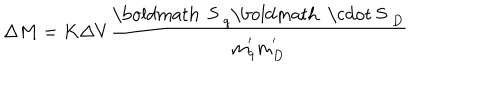
\Delta M = K \Delta V \frac { \mathrm { \boldmath ~ S ~ } _ { q } \mathrm { \boldmath ~ \cdot ~ S ~ } _ { D } } { m _ { q } ^ { ' } m _ { D } ^ { ' } }